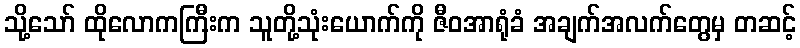
သို့သော် ထိုလောကကြီးက သူတို့သုံးယောက်ကို ဇီဝအာရုံခံ အချက်အလက်တွေမှ တဆင့်